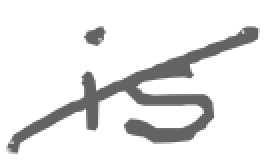
Text: is
Cross-out: diagonal
Writing tool: digital_gray